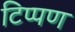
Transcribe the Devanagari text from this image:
टिप्‍पण